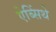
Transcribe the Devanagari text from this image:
ऐब्सिंथे